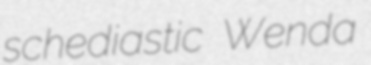
schediastic Wenda